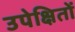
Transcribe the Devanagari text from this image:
उपेक्षितों